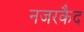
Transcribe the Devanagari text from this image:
नजरकैद